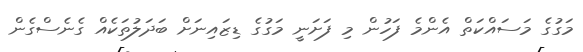
މަގުގެ މަސައްކަތް އެންމެ ފަހުން މި ފަށަނީ މަގުގެ ޑިޒައިނަށް ބަދަލުތަކެއް ގެނެސްގެން